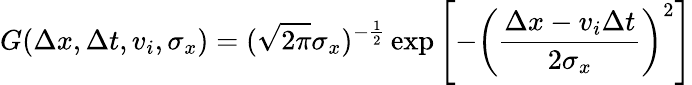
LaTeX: G(\Delta x,\Delta t,v_{i},\sigma_{x})=(\sqrt{2\pi}\sigma_{x})^{-\frac{1}{2}}\exp\left[-\left(\frac{\Delta x-v_{i}\Delta t}{2\sigma_{x}}\right)^{2}\right]